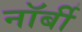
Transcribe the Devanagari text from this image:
नॉर्बी